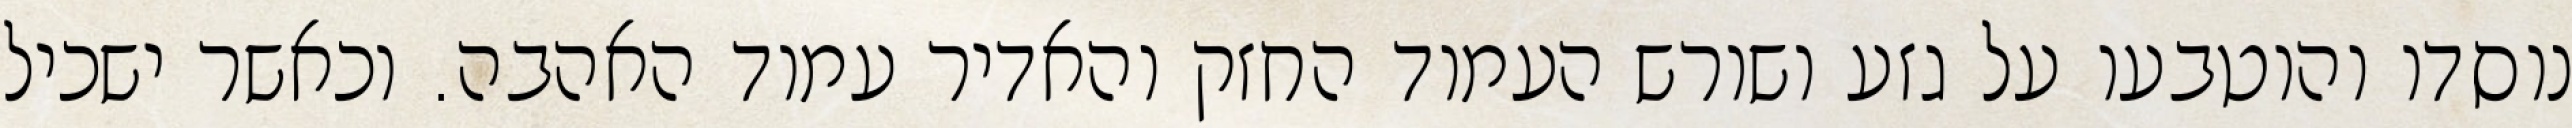
נוסדו והוטבעו על גזע ושורש העמוד החזק והאדיר עמוד האהבה. וכאשר ישכיל